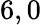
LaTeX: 6,0